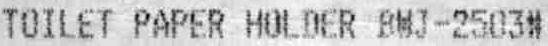
TOILET PAPER HOLDER BWJ-2503#